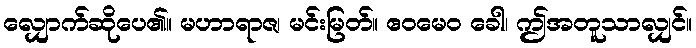
လျှောက်ဆိုပေ၏။ မဟာရာဇ၊ မင်းမြတ်။ ဧဝမေဝ ခေါ၊ ဤအတူသာလျှင်။